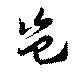
豈